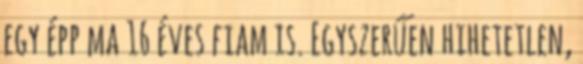
egy épp ma 16 éves fiam is. Egyszerűen hihetetlen,